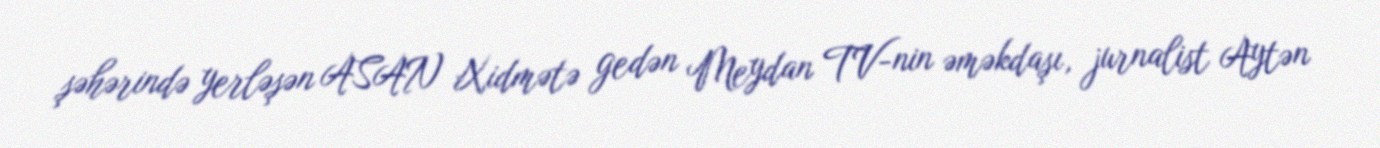
şəhərində yerləşən ASAN Xidmətə gedən Meydan TV-nin əməkdaşı, jurnalist Aytən